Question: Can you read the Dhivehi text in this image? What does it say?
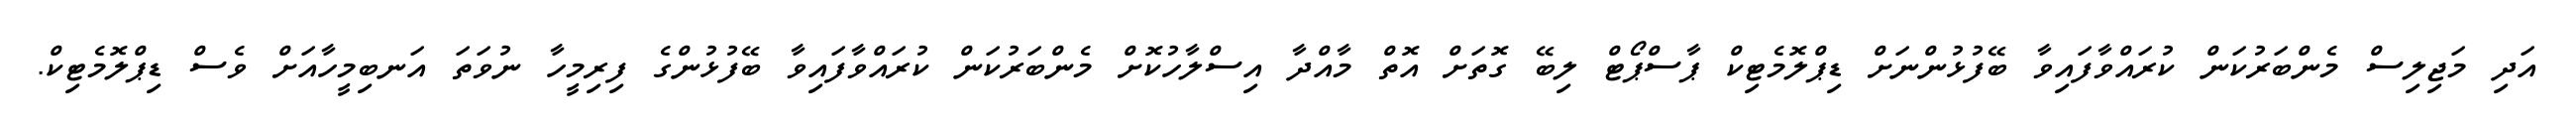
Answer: އަދި މަޖިލިސް މެންބަރުކަން ކުރައްވާފައިވާ ބޭފުޅުންނަށް ޑިޕްލޮމެޓިކް ޕާސްޕޯޓް ލިބޭ ގޮތަށް އޮތް މާއްދާ އިސްލާހުކޮށް މެންބަރުކަން ކުރައްވާފައިވާ ބޭފުޅުންގެ ފިރިމީހާ ނުވަތަ އަނބިމީހާއަށް ވެސް ޑިޕްލޮމެޓިކް.